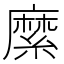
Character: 縻